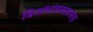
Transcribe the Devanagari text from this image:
बिजभांडवलासह